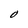
Character: O